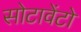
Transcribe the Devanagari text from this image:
सोटावेंटो